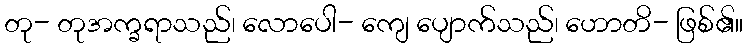
တု- တုအက္ခရာသည်၊ လောပေါ- ကျေ ပျောက်သည်၊ ဟောတိ- ဖြစ်၏။